Civil Veterinary Dept. Bombay admin report 1923-31 - 1923-1931
Year: 1923
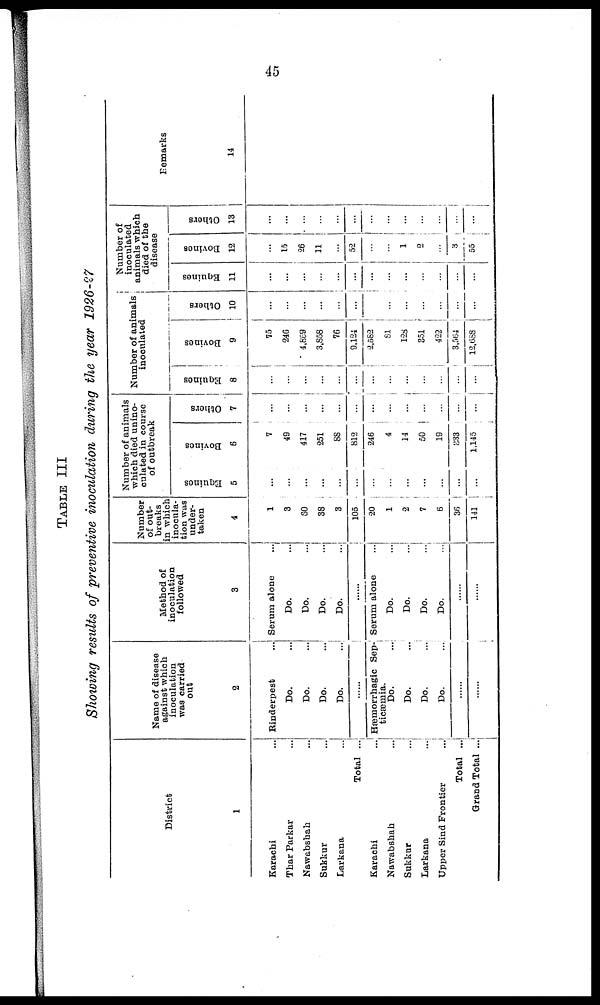
45
TABLE
III
Showing results of preventive inoculation during the year 1926-27
District
1
Karachi ...
Thar Parkar ...
Nawabshah ...
Sukkur ...
Larkana ...
Total ...
Karachi ...
Nawabshah ...
Sukkur ...
Larkana ...
Upper Sind Frontier ...
Total ...
Grand Total ...
Name of disease
against which
inoculation
was carried
out
2
Rinderpest ...
Do. ...
Do. ...
Do. ...
Do. ...
......
Hæmorrhagic Sep-
ticæmia.
Do. ...
Do. ...
Do. ...
Do. ...
......
......
Method of
inoculation
followed
3
Serum alone
Do. ...
Do. ...
Do. ...
Do. ...
......
Serum alone
Do. ...
Do. ...
Do. ...
Do. ...
......
......
Number
of out-
breaks
in which
inocula-
tion was
under-
taken
4
1
3
60
38
3
105
20
1
2
7
6
36
141
Number of animals
which died unino-
culated in course
of outbreak
Equines
5
...
...
...
...
...
...
...
...
...
...
...
...
...
Bovines
6
7
49
417
251
88
812
246
4
14
50
19
333
1,145
Others
7
...
...
...
...
...
...
...
...
...
...
...
...
...
Number of animals
inoculated
Equines
8
...
...
...
...
...
...
...
...
...
...
...
...
...
Bovines
9
75
246
4,869
3,858
76
9,124
2,582
81
128
351
422
3,564
12,688
Others
10
...
...
...
...
...
...
...
...
...
...
...
...
...
Number of
inoculated
animals which
died of the
disease
Equines
11
...
...
...
...
...
...
...
...
...
...
...
...
...
Bovines
12
...
15
26
11
...
52
...
...
1
2
...
3
55
Others
13
...
...
...
...
...
...
...
...
...
...
...
...
...
Remarks
14